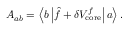
A _ { a b } = \left\langle b \left| \hat { f } + \delta V _ { \mathrm { c o r e } } ^ { f } \right| a \right\rangle .